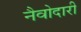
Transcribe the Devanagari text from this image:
नैवोदारी